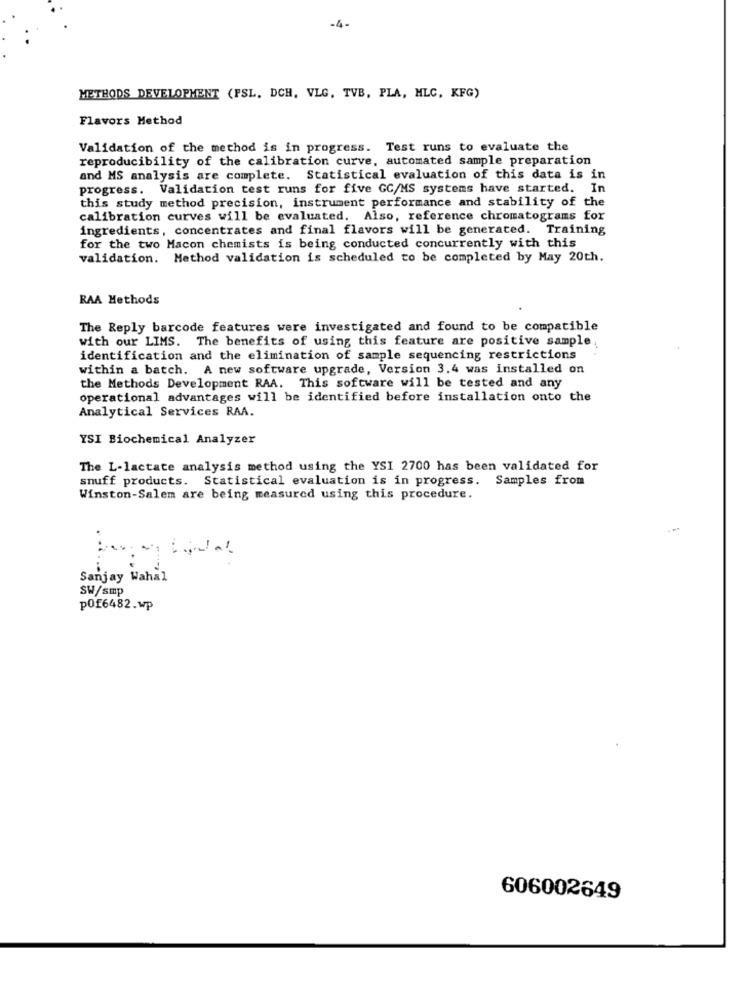
-4-
METHODS DEVELOPMENT (PSL. DCH, VLG. TVB, PLA, MLC. KFG)
Flavors Method
Validation of the method is in progress. Test runs to evaluate the
reproducibility of the calibration curve, automated sample preparation
and MS analysis are complete. Statistical evaluation of this data is in
progress. Validation test runs for five GC/MS systems have started. In
this study method precision, instrument performance and stability of the
calibration curves will be evaluated. Also, reference chromatograms for
ingredients, concentrates and final flavors will be generated. Training
for the two Macon chemists is being conducted concurrently with this
validation. Method validation is scheduled to be completed by May 20th.
RAA Methods
The Reply barcode features were investigated and found to be compatible
with our LIMS. The benefits of using this feature are positive sample ,
identification and the elimination of sample sequencing restrictions
within a batch. A new software upgrade, Version 3.4 was installed on
the Methods Development RAA. This software will be tested and any
operational advantages will be identified before installation onto the
Analytical Services RAA.
YSI Biochemical Analyzer
The L-lactate analysis method using the YSI 2700 has been validated for
snuff products. Statistical evaluation is in progress.
Samples from
Winston-Salem are being measured using this procedure.
Sanjay Wahal
SW/smp
pOf6482.wp
606002649